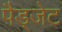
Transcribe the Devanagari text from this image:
पैड्जेट